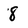
Character: 8